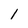
Character: 1